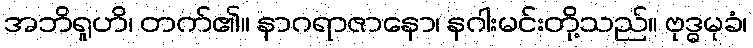
အဘိရူဟိ၊ တက်၏။ နာဂရာဇာနော၊ နဂါးမင်းတို့သည်။ ဗုဒ္ဓမုခံ၊